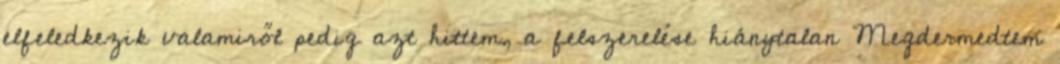
elfeledkezik valamiről pedig azt hittem, a felszerelése hiánytalan Megdermedtem